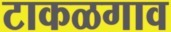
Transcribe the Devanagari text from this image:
टाकळगाव